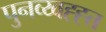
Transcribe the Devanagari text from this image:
पुनव्य्वह्ह्त